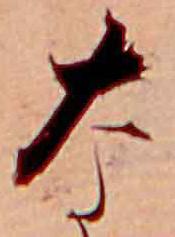
な